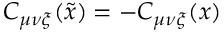
C _ { \mu \nu \xi } ( \tilde { x } ) = - C _ { \mu \nu \xi } ( x )